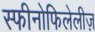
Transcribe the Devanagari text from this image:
स्फीनोफिलेलीज़